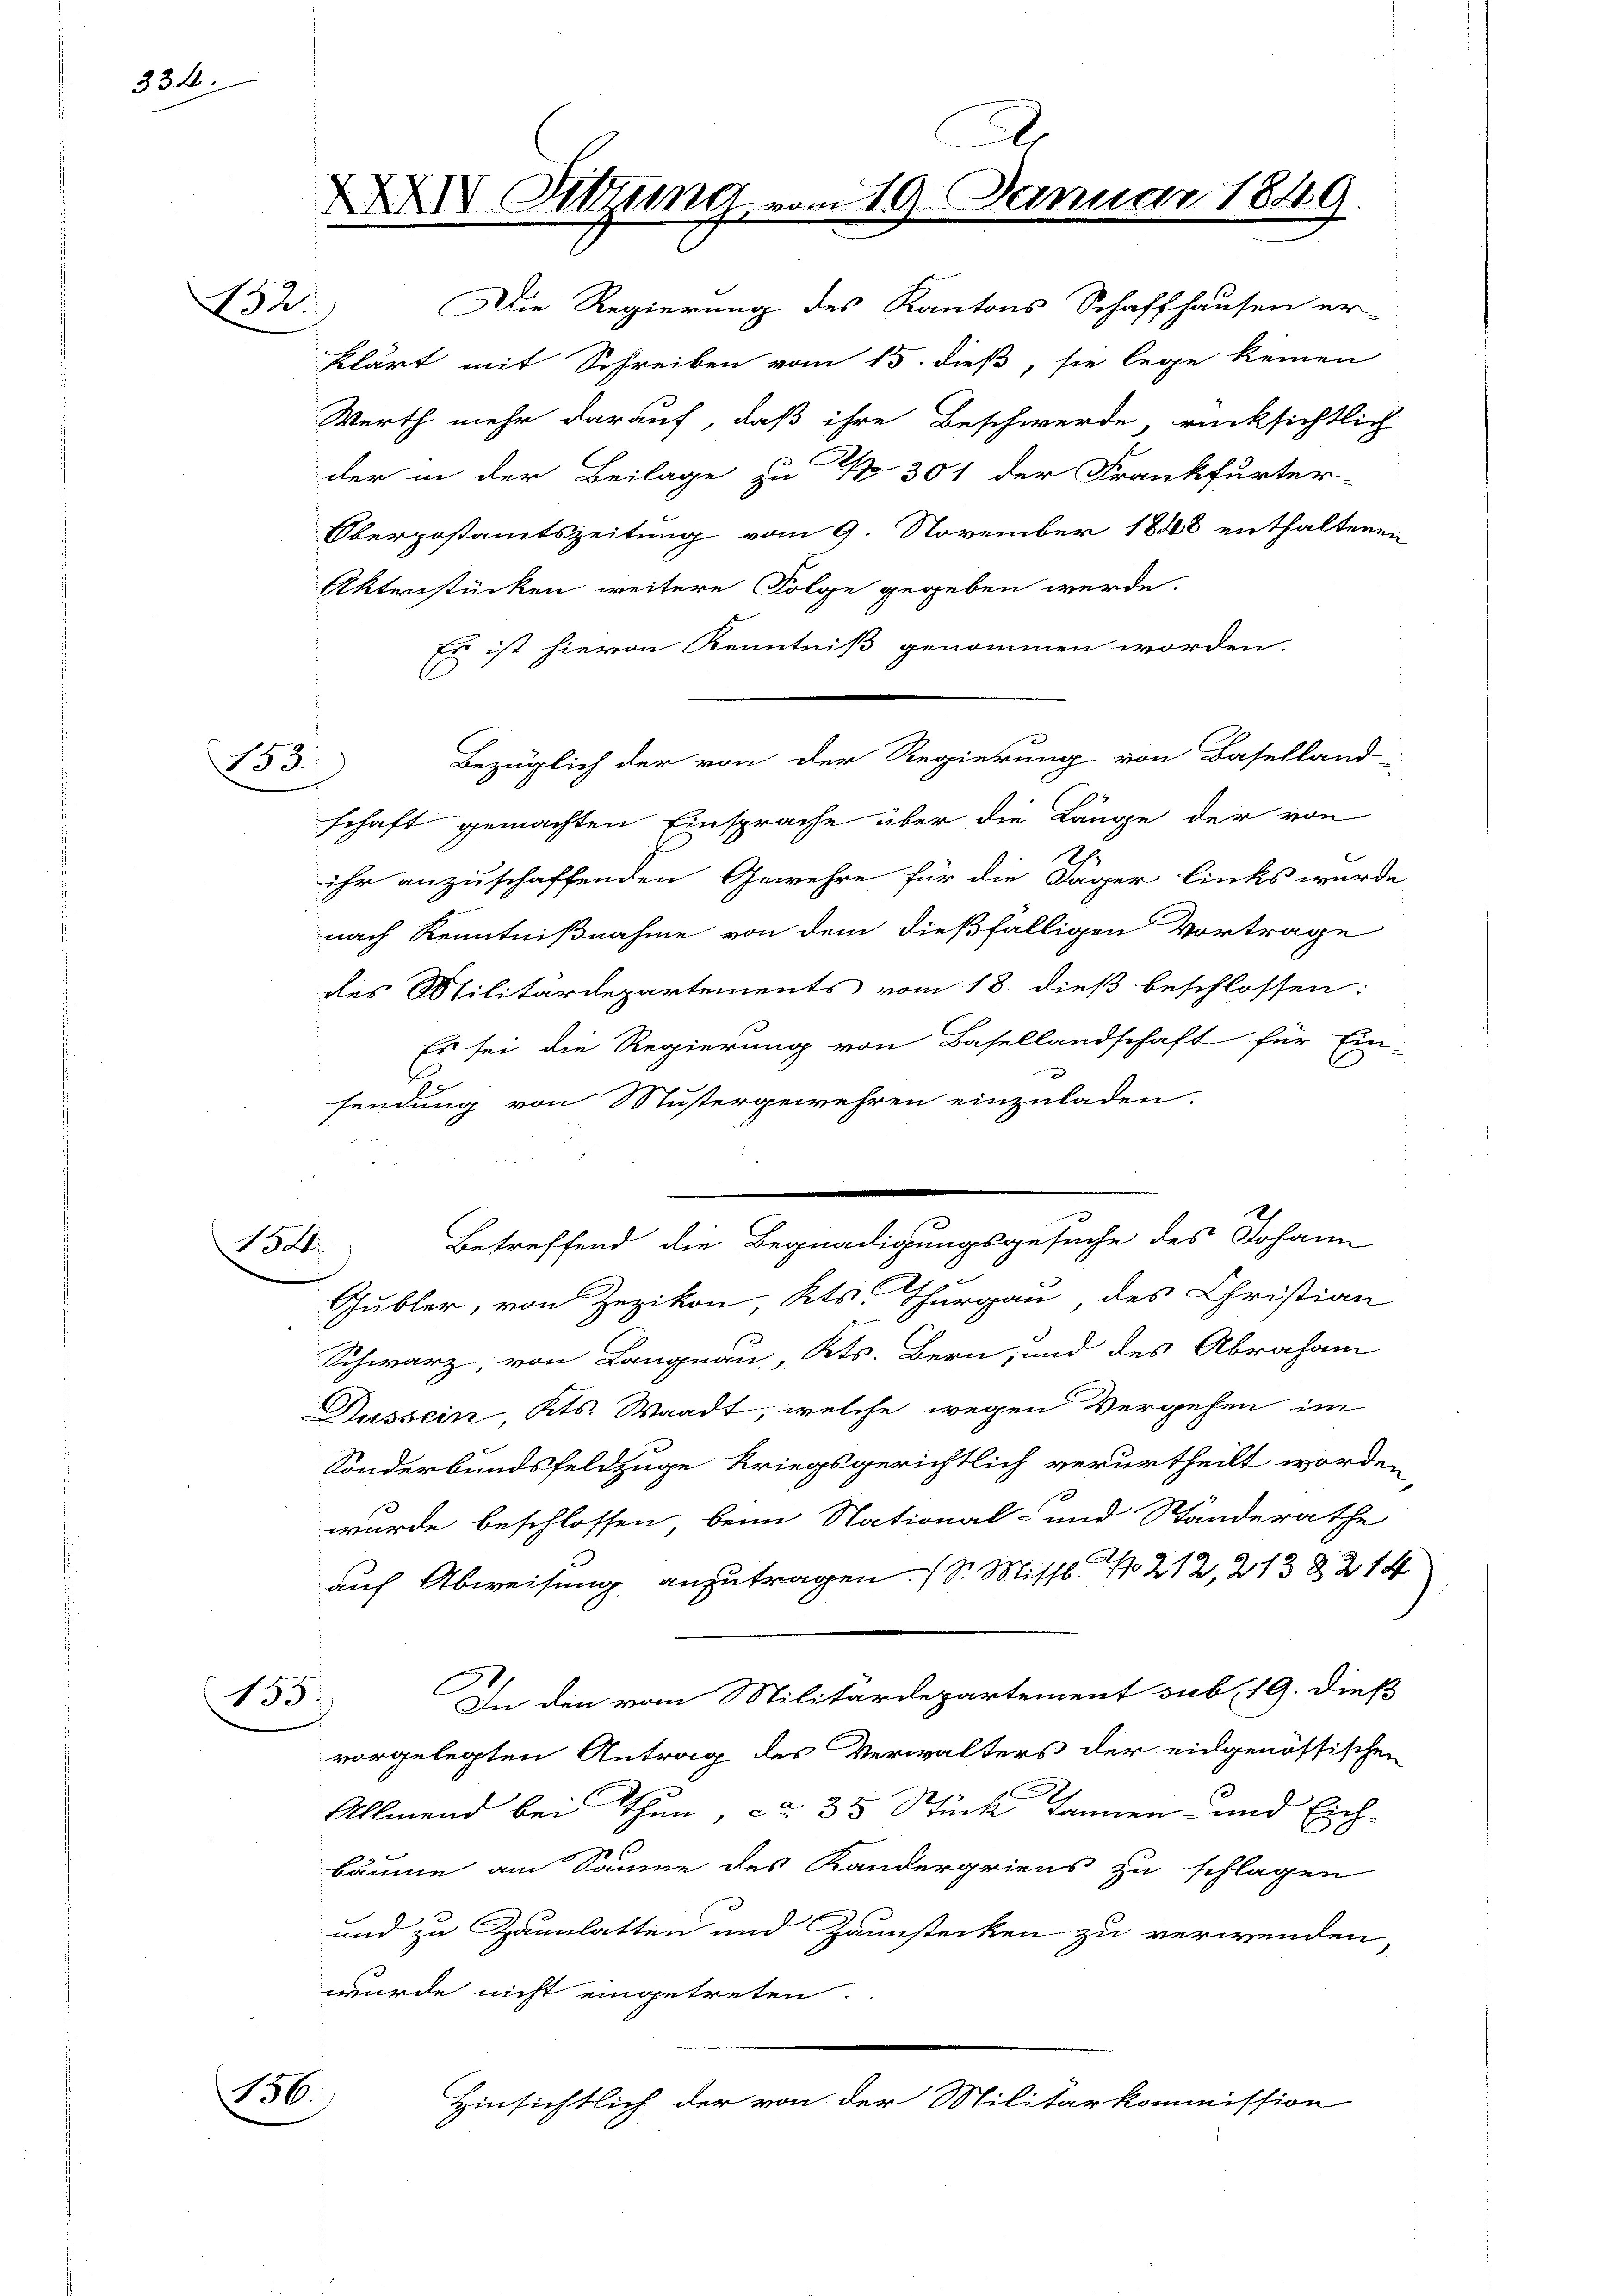
334.

132.

153.

134

135.

136.

A
XXXIV Sitzung vom 19. Januar 1849.

Die Regierung des Kantons Schaffhausen er-
klärt mit Schreiben vom 15. dieß, sie lege keinen
Werth mehr darauf, daß ihre Beschwerde, rücksichtlich
der in der Beilage zu No 301 der Frankfurter-
Oberpostamtszeitung vom 9. November 1848 enthaltenen
Aktenstücken weitere Folge gegeben werde.
Es ist hievon Kenntniß genommen worden.
schaft gemachten Einsprache über die Länge der von
2.
ihr anzuschaffenden Gewehre für die Tager links wurde
nach Kenntnißnahme von dem dießfälligen Vortrage
des Militärdepartements vom 18. dieß beschlossen:
Es sei die Regierung von Basellandschaft für Ein-
x
1
sendung von Mustergewehren einzuladen.
Betreffend die Begnadigungsgesuche des Johann
Gubler, von Zezikon, Kts. Thurgau des Christian
Schwarz, von Langnau, Kts. Bern, und des Abraham
Dussein, Kts. Waadt, welche wegen Vergehen im
Sonderbundsfeldzuge kriegsgerichtlich verurtheilt worden,
wurde beschlossen, beim National- und Ständerathe
auf Abweisung anzutragen (S. Missl No 212, 213 § 214
l
In den vom Militärdepartement sub. 19. dieß
vorgelegten Antrag des Verwalters der eidgenössischen
Allmend bei Thun, ca 35 Stück Tannen- und Eich-
bäume am Säume des Kandergriens zu schlagen
und zu Zanulatten und Zaunstecken zu verwenden,
wurde nicht eingetreten.
Hinsichtlich der von der Militärkommission

Bezüglich der von der Regierung von Baselland-